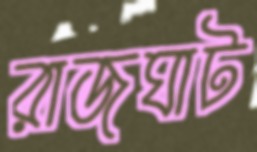
রাজঘাট